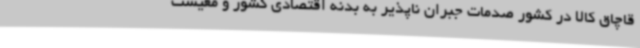
قاچاق کالا در کشور صدمات جبران ناپذیر به بدنه اقتصادی کشور و معیشت